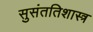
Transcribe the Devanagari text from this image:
सुसंततिशास्त्र